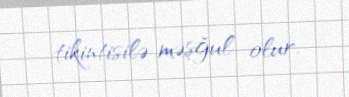
tikintisilə məşğul olur.